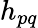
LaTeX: h_{pq}